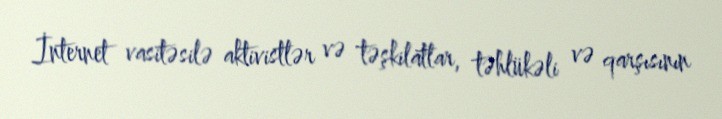
İnternet vasitəsilə aktivistlər və təşkilatlar, təhlükəli və qarşısının